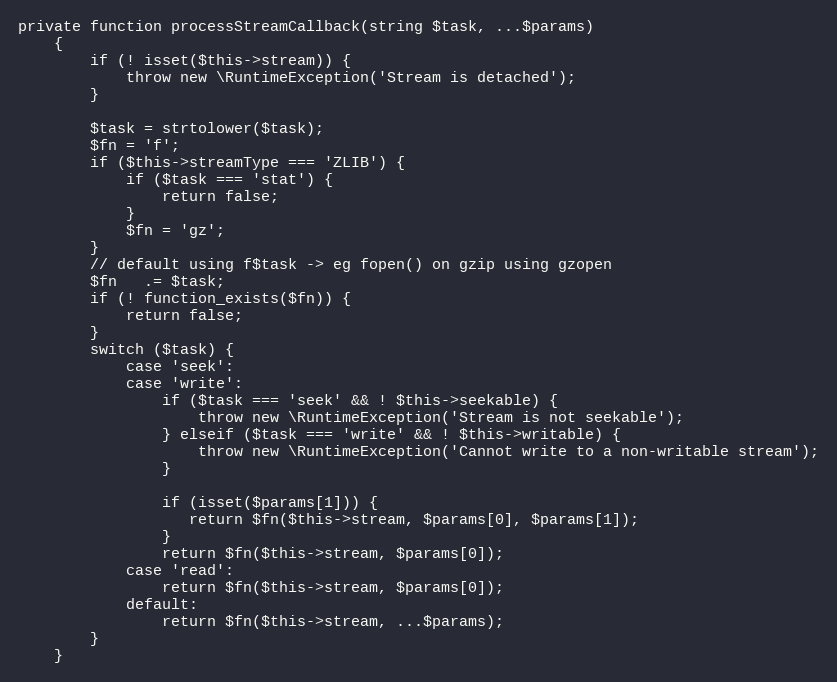
Language: PHP
private function processStreamCallback(string $task, ...$params)
    {
        if (! isset($this->stream)) {
            throw new \RuntimeException('Stream is detached');
        }

        $task = strtolower($task);
        $fn = 'f';
        if ($this->streamType === 'ZLIB') {
            if ($task === 'stat') {
                return false;
            }
            $fn = 'gz';
        }
        // default using f$task -> eg fopen() on gzip using gzopen
        $fn   .= $task;
        if (! function_exists($fn)) {
            return false;
        }
        switch ($task) {
            case 'seek':
            case 'write':
                if ($task === 'seek' && ! $this->seekable) {
                    throw new \RuntimeException('Stream is not seekable');
                } elseif ($task === 'write' && ! $this->writable) {
                    throw new \RuntimeException('Cannot write to a non-writable stream');
                }

                if (isset($params[1])) {
                   return $fn($this->stream, $params[0], $params[1]);
                }
                return $fn($this->stream, $params[0]);
            case 'read':
                return $fn($this->stream, $params[0]);
            default:
                return $fn($this->stream, ...$params);
        }
    }